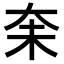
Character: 𪥋